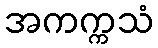
အကက္ကသံ